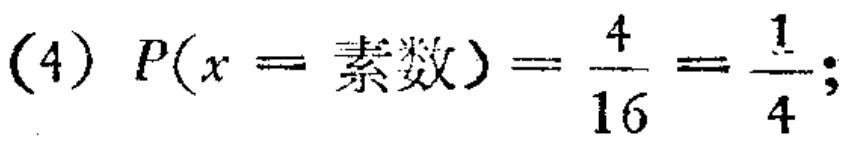
(4) \(P(x = \text{素数})=\frac{4}{16}=\frac{1}{4};\)